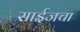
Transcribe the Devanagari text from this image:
साईजचा